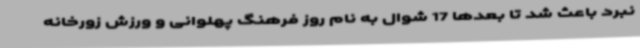
نبرد باعث شد تا بعدها 17 شوال به نام روز فرهنگ پهلوانی و ورزش زورخانه